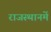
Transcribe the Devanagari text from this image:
राजस्थानमें